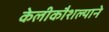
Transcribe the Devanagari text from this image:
केलीकौशल्याने